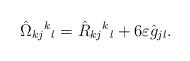
LaTeX: \begin{align*} \hat{\Omega}_{kj}{}^k{}_{l}=\hat{R}_{kj}{}^k{}_{l}+ 6 \varepsilon \hat{g}_{jl}. \end{align*}